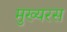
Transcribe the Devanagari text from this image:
मुख्यरस